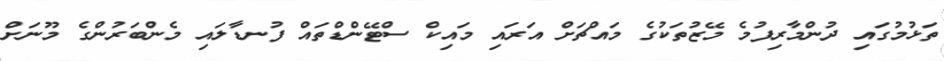
ތަޅުމުގައި ދުންމާރިފުމެ މޭޒުތަކުގެ މައްޗަށް އަރައި މައިކް ސްޓޭންޑްތައް ފުނޑާލައި މެންބަރުންގެ މޫނަށް